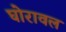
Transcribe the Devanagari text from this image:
घोरावल